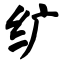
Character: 纩